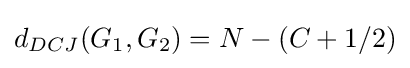
d_{DCJ}(G_{1},G_{2})=N-(C+1/2)